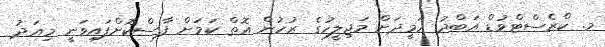
މ. ކްރެސްޓްވުޑް އަބްދު ހަމީދަށް މަޖިލީހުގެ ރުހުން އޮތް ކަމަށް ފާސްކޮށްފައިވަނީ މިއަދު